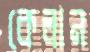
কেলান